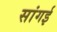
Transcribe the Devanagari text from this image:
सांगई